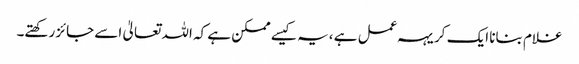
غلام بنانا ایک کریہہ عمل ہے ،یہ کیسے ممکن ہے کہ اللہ تعالیٰ اسے جائز رکھتے۔